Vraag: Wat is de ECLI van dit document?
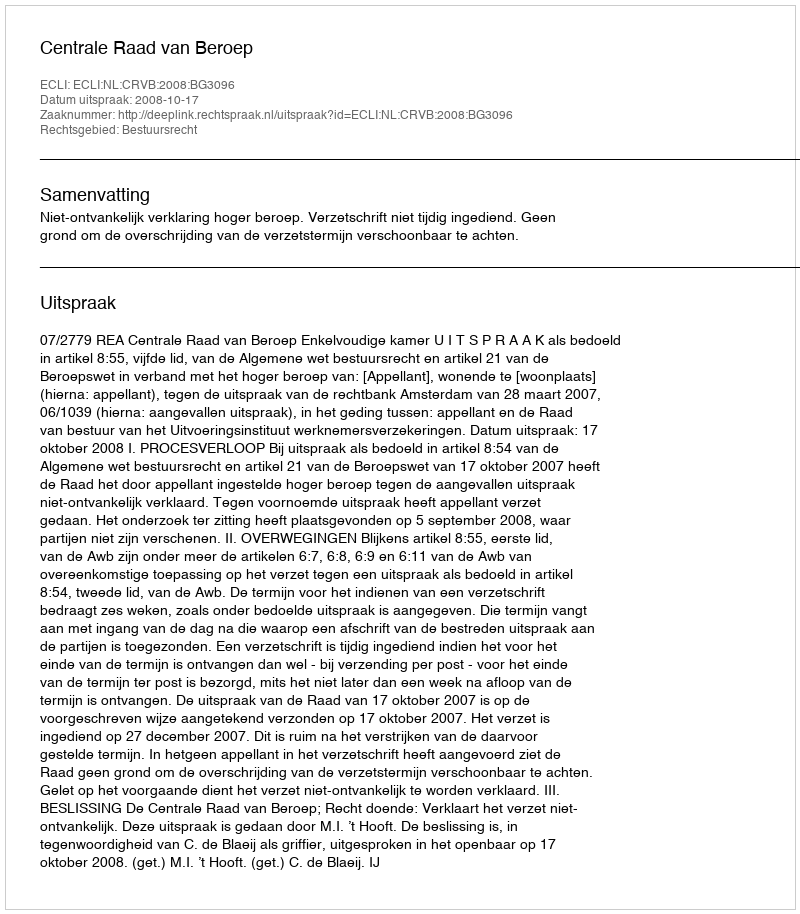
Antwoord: ECLI:NL:CRVB:2008:BG3096